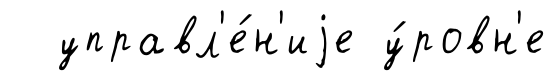
управл'е́н'иjе у́ровн'е